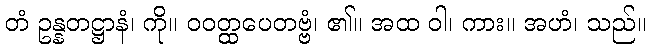
တံ ဥန္နတဋ္ဌာနံ၊ ကို။ ဝဝတ္ထပေတဗ္ဗံ၊ ၏။ အထ ဝါ၊ ကား။ အဟံ၊ သည်။